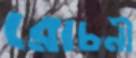
রোচনী